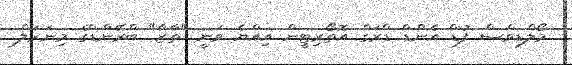
މޯލްޑިވްސް ފުޑް އެންޑް ޑްރަގް އޮތޯރިޓީން އިއްޔެ ވަނީ "ތާޒާ" ބްރޭންޑްގެ މިނަރަލް